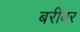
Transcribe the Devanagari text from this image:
बरीबर